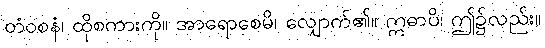
တံဝစနံ၊ ထိုစကားကို။ အာရောစေမိ၊ လျှောက်၏။ ဣဓာပိ၊ ဤ၌လည်း။